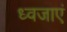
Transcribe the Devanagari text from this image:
ध्वजाएं